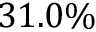
3 1 . 0 \%